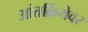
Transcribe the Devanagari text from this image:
आंतर्क्रियेवर